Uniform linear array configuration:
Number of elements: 32
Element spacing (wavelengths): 1
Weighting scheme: cosine
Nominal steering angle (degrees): -30
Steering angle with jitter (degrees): -28.696
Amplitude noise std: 0.05
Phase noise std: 0.05

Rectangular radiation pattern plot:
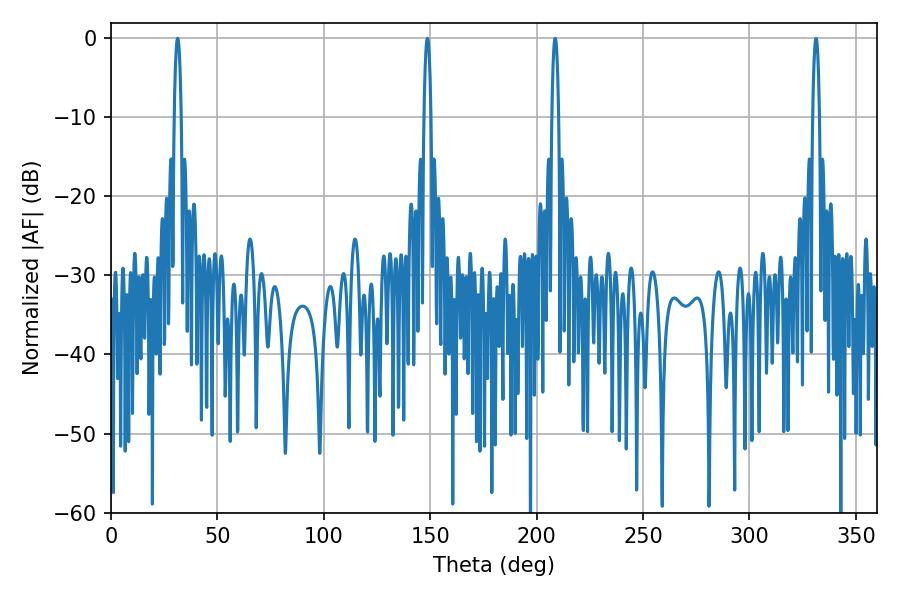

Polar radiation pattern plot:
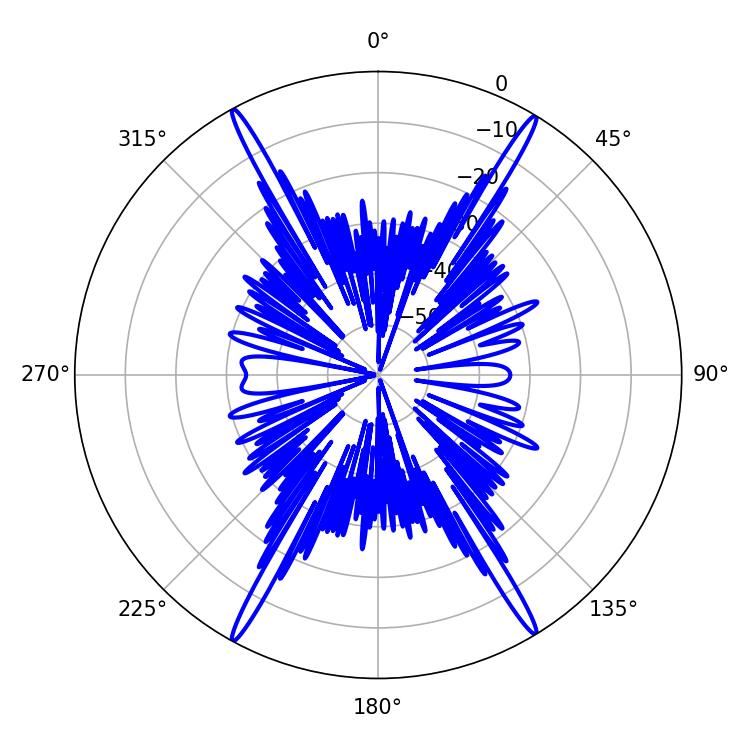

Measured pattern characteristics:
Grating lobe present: TRUE
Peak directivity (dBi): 27.076
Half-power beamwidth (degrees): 1.8
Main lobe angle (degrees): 31.32